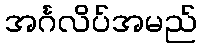
အင်္ဂလိပ်အမည်